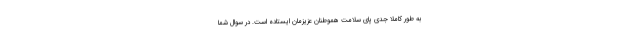
به طور کاملا جدی پای سلامت هموطنان عزیزمان ایستاده است. در سوال شما